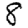
Digit: 8